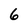
Character: 6